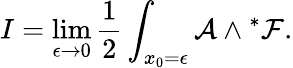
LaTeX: I=\operatorname*{lim}_{\epsilon\to 0}{\frac{1}{2}}\int_{x_{0}=\epsilon}{\cal A}\wedge{}^{*}{\cal F}.